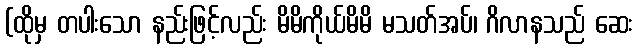
(ထိုမှ တပါးသော နည်းဖြင့်လည်း မိမိကိုယ်မိမိ မသတ်အပ်၊ ဂိလာနသည် ဆေး